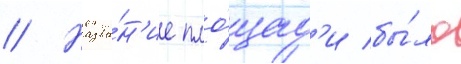
// Назва́н'ие пло́щад'и бы́ло